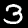
Label: 3